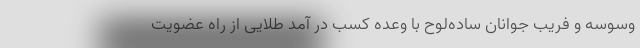
وسوسه و فریب جوانان ساده‌لوح با وعده کسب در آمد طلایی از راه عضویت